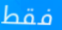
فقط